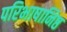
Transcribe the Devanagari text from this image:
परिभाषानिष्ठ